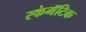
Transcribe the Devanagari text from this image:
स्केमॅटिक